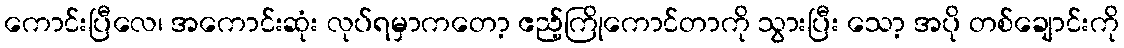
ကောင်းပြီလေ၊ အကောင်းဆုံး လုပ်ရမှာကတော့ ဧည့်ကြိုကောင်တာကို သွားပြီး သော့ အပို တစ်ချောင်းကို